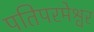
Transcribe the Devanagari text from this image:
पतिपरमेश्वर